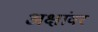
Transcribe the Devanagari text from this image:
अक्षांवर